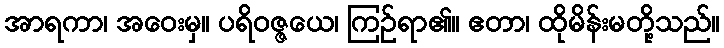
အာရကာ၊ အဝေးမှ။ ပရိဝဇ္ဇယေ၊ ကြဉ်ရာ၏။ ဧတာ၊ ထိုမိန်းမတို့သည်။